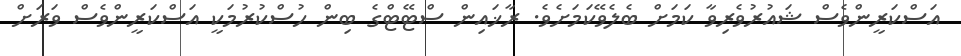
އަސްކަރީންވެސް ޝައުރުވެރިވާ ކަމަށް ބެލެވޭކަމަށެވެ. ރާޚައިން ސްޓޭޓްގެ ބިން ހުސްކުރުމަކީ އަސްކަރީންވެސް ވަރަށް